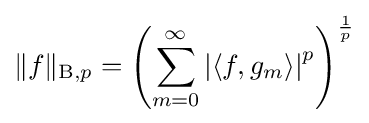
\|f\|_{\mathrm {B} ,p}=\left(\sum _{m=0}^{\infty }\left|\left\langle f,g_{m}\right\rangle \right|^{p}\right)^{\frac {1}{p}}